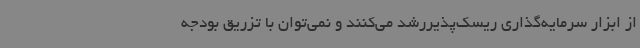
از ابزار سرمایه‌گذاری ریسک‌پذیررشد می‌کنند و نمی‌توان با تزریق بودجه